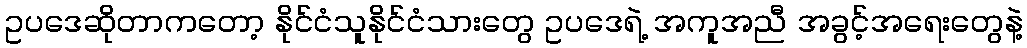
ဥပဒေဆိုတာကတော့ နိုင်ငံသူနိုင်ငံသားတွေ ဥပဒေရဲ့ အကူအညီ အခွင့်အရေးတွေနဲ့